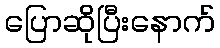
ပြောဆိုပြီးနောက်